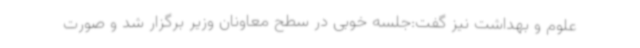
علوم و بهداشت نیز گفت:جلسه خوبی در سطح معاونان وزیر برگزار شد و صورت